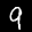
Digit: 9